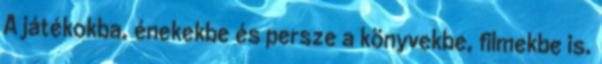
A játékokba, énekekbe és persze a könyvekbe, filmekbe is.